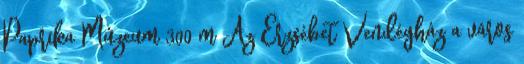
Paprika Múzeum 300 m Az Erzsébet Vendégház a város